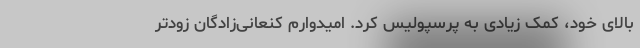
بالای خود، کمک زیادی به پرسپولیس کرد. امیدوارم کنعانی‌زادگان زودتر